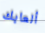
ألعابك